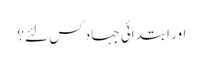
اور ابتدائی جہاد کس لئے؟